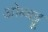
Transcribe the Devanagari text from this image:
ओब्बट्टू